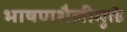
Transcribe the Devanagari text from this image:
भाषणशैलीमुळे